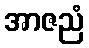
အာဇညံ